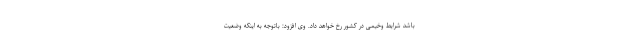
باشد شرایط وخیمی در کشور رخ خواهد داد. وی افزود: باتوجه به اینکه وضعیت